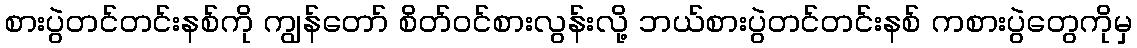
စားပွဲတင်တင်းနစ်ကို ကျွန်တော် စိတ်ဝင်စားလွန်းလို့ ဘယ်စားပွဲတင်တင်းနစ် ကစားပွဲတွေကိုမှ